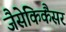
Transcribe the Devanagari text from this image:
जैसेकिकैंसर